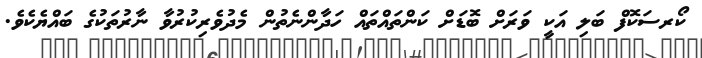
ކޯރސަކޮފް ބަލި އަކީ ވަރަށް ބޮޑަށް ކަންތައްތައް ހަދާންނެތުން މެދުވެރިކުރުވާ ނާރުތަކުގެ ބައްޔެކެވެ.